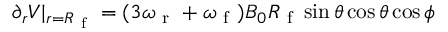
\begin{array} { r } { \partial _ { r } V \vert _ { r = R _ { \mathrm { ~ f ~ } } } = ( 3 \omega _ { \mathrm { ~ r ~ } } + \omega _ { \mathrm { ~ f ~ } } ) B _ { 0 } R _ { \mathrm { ~ f ~ } } \sin \theta \cos \theta \cos \phi } \end{array}